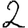
Digit: 2